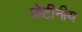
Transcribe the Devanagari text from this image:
प्रोटीनीय